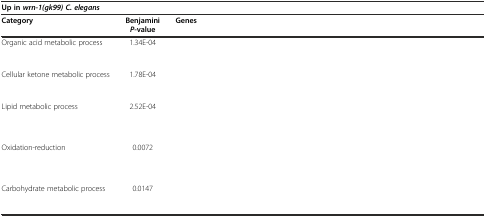
<table><thead><tr><td colspan="3"><b>Up in <i>wrn-1(gk99) C. elegans</i></b></td></tr><tr><td><b>Category</b></td><td><b>Benjamini <i>P</i>-value</b></td><td><b>Genes</b></td></tr></thead><tbody><tr><td>Organic acid metabolic process</td><td>1.34E-04</td><td>[EMPTY_CELL]</td></tr><tr><td>Cellular ketone metabolic process</td><td>1.78E-04</td><td>[EMPTY_CELL]</td></tr><tr><td>Lipid metabolic process</td><td>2.52E-04</td><td>[EMPTY_CELL]</td></tr><tr><td>Oxidation-reduction</td><td>0.0072</td><td>[EMPTY_CELL]</td></tr><tr><td>Carbohydrate metabolic process</td><td>0.0147</td><td>[EMPTY_CELL]</td></tr></tbody></table>